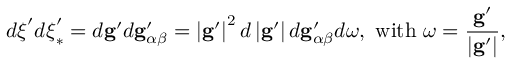
d \boldsymbol { \xi } ^ { \prime } d \boldsymbol { \xi } _ { \ast } ^ { \prime } = d \mathbf { g } ^ { \prime } d \mathbf { g } _ { \alpha \beta } ^ { \prime } = \left\vert \mathbf { g } ^ { \prime } \right\vert ^ { 2 } d \left\vert \mathbf { g } ^ { \prime } \right\vert d \mathbf { g } _ { \alpha \beta } ^ { \prime } d \boldsymbol { \omega } \mathrm { , ~ w i t h \ } \boldsymbol { \omega } = \frac { \mathbf { g } ^ { \prime } } { \left\vert \mathbf { g } ^ { \prime } \right\vert } \mathrm { , }